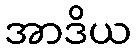
အာဒိယ